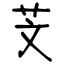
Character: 芠